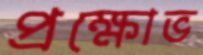
প্রক্ষোভ